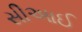
સીઆઈ